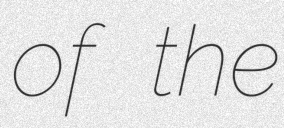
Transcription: of the